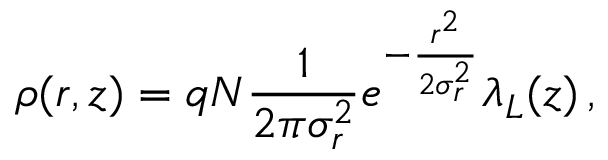
\rho ( r , z ) = q N \frac { 1 } { 2 \pi \sigma _ { r } ^ { 2 } } e ^ { - \frac { r ^ { 2 } } { 2 \sigma _ { r } ^ { 2 } } } \lambda _ { L } ( z ) \, ,